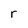
Character: r